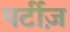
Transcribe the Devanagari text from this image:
पर्टीज़